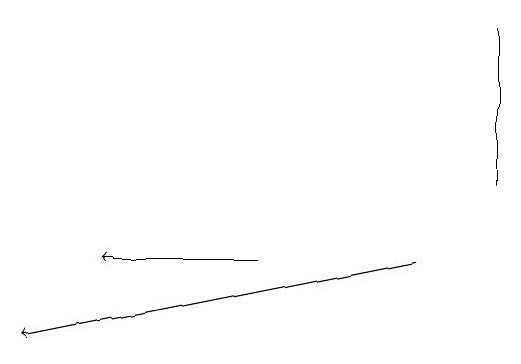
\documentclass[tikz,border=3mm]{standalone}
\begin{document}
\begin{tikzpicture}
\draw[->] (7,14) -- (2,13);
\draw[->] (5,14) -- (3,14);
\draw (8,17) rectangle (8,15);
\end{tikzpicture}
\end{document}